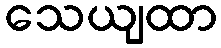
သေယျထာ